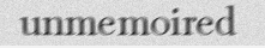
unmemoired